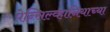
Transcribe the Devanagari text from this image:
पेन्सिल्व्हानियाच्या